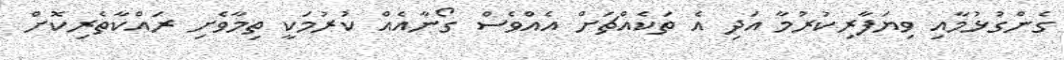
ގެންގުޅުމާއި ވިޔަފާރިކުރުމާ އަދި އެ ތަކެއްޗަށް އެއްވެސް ގޯނާއެއް ކުރުމަކީ ތިމާވެށި ރައްކާތެރިކޮށް